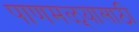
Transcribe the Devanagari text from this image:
पाणमळ्यासाठी